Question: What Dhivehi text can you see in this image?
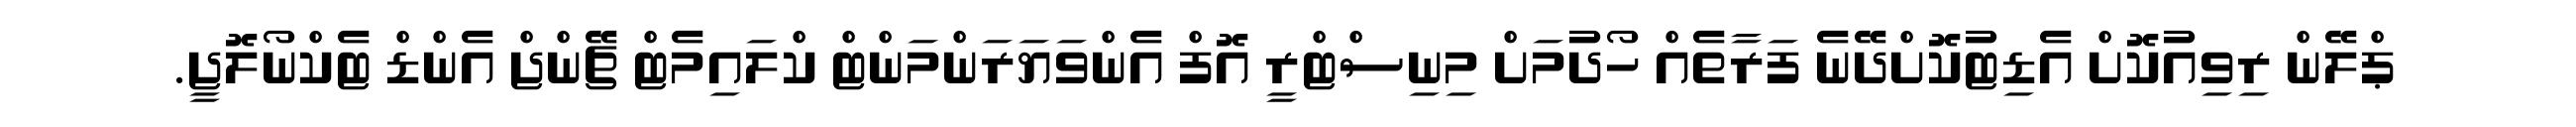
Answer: ޕްލޭން ރިވިއުކޮށް އެޑިޓުކޮށްދޭނެ ފަރާތެއް ހޯދުމަށް މިނިސްޓްރީ އޮފް އެންވަޔަރަންމަންޓް ކްލައިމެޓް ޗޭންޖް އެންޑް ޓެކްނޯލޮޖީ.